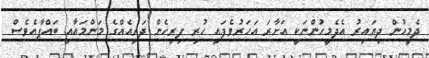
ދެމީހުން ދިޔައިރު އެދެމީހުންނަކީ އަށާރަ އަހަރުވެފައި ހުރި ފިރިހެން ދަރިއެއްގެ މަންމައާއި ބައްޕާއެވެސް